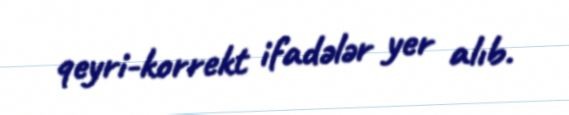
qeyri-korrekt ifadələr yer alıb.